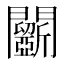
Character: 𨷵